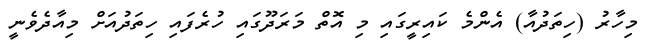
މިހާރު (ހިތަދުއާ) އެންމެ ކައިރީގައި މި އޮތް މަރަދޫގައި ހުރެފައި ހިތަދުއަށް މިއާދެވެނީ